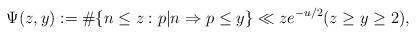
LaTeX: \begin{align*} \Psi(z,y) := \#\{n\leq z: p|n \Rightarrow p \leq y\} \ll ze^{-u/2}(z \geq y \geq 2), \end{align*}